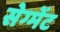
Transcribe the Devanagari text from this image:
सेग्मेंट